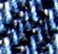
أدي